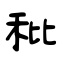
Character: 秕